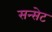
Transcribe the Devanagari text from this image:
सन्सेट